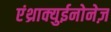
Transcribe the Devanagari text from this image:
एंथ्राक्युईनोनेज़